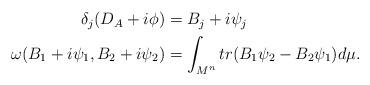
LaTeX: \begin{align*}\begin{aligned}\delta_j(D_A+i\phi)&=B_j+i\psi_j\\\omega(B_1+i\psi_1,B_2+i\psi_2)&=\int_{M^n}tr(B_1\psi_2-B_2\psi_1)d\mu.\end{aligned}\end{align*}